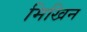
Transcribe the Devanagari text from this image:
मिखिन